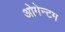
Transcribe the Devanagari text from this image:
ओमेन्टम